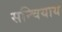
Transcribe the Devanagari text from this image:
सन्चियाय